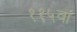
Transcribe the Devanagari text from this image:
११५वां